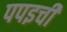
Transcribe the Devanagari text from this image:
पपइची